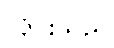
လိုင်းသည်